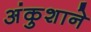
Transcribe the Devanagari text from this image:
अंकुशाने